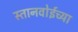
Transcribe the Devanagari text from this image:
स्तानवोईच्या